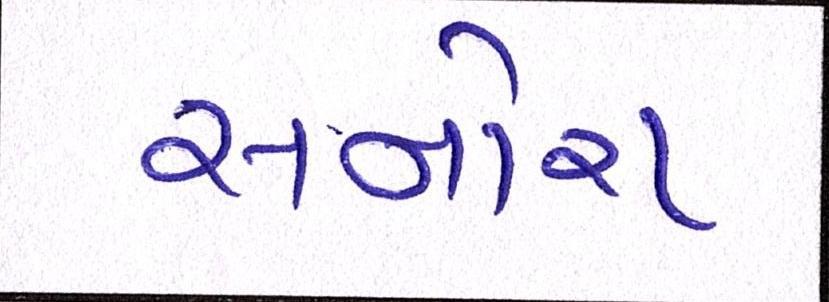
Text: સનોરા